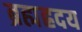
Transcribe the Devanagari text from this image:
ब्रह्मह्रदय